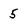
Character: 5